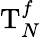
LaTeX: \mathrm{T}_{N}^{f}